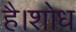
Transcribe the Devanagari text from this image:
है।शोध